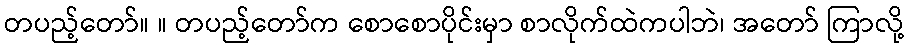
တပည့်တော်။ ။ တပည့်တော်က စောစောပိုင်းမှာ စာလိုက်ထဲကပါဘဲ၊ အတော် ကြာလို့